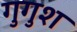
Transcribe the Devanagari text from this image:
गुगुश